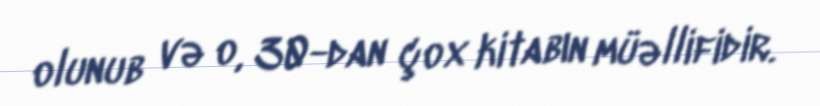
olunub və o, 30-dan çox kitabın müəllifidir.